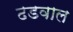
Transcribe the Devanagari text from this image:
ढडवाल